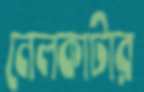
নেলকাটার